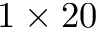
1 \times 2 0